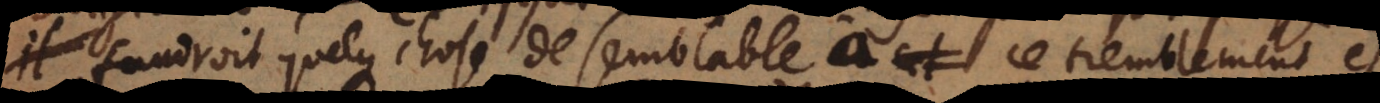
il faudroit quelque chose de semblable à ce tremblement et